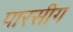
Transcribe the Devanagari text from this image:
पारसीग